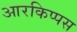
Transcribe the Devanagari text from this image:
आरकिप्पस